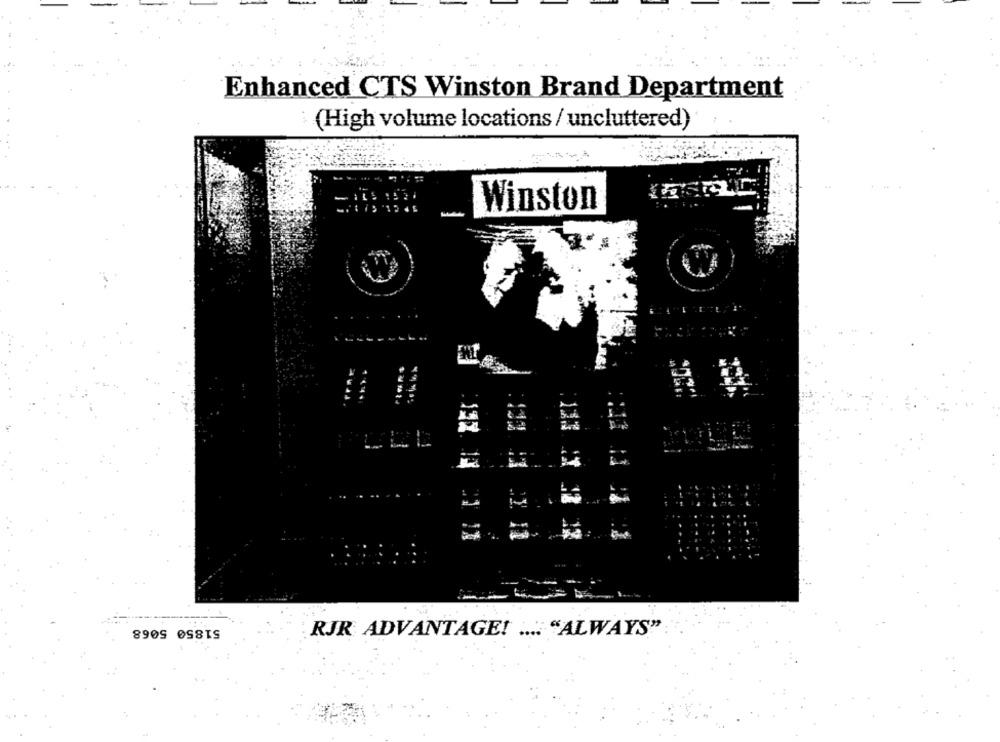
Enhanced CTS Winston Brand Department
(High volume locations / uncluttered)
Winston
# #
51850 5068
RJR ADVANTAGE! .... "ALWAYS"